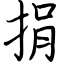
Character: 捐